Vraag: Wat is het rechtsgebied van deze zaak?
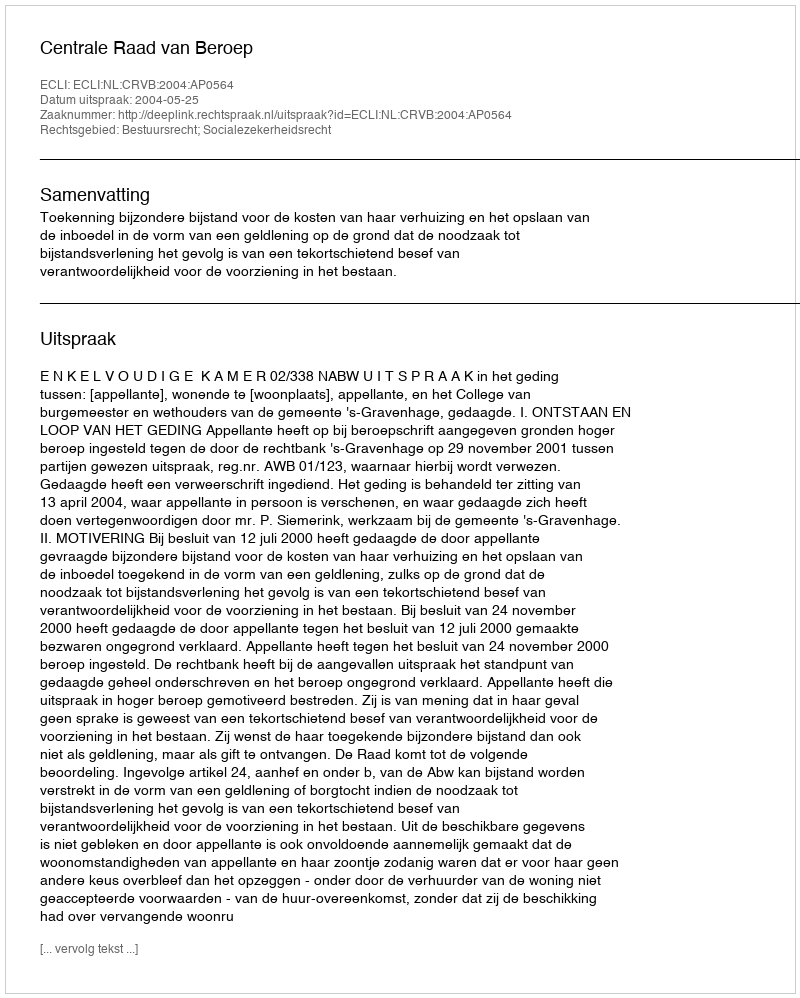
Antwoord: Bestuursrecht; Socialezekerheidsrecht